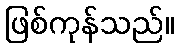
ဖြစ်ကုန်သည်။